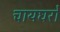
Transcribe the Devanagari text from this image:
चायघरों